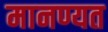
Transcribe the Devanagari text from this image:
मानण्यत